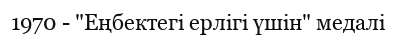
1970 - "Еңбектегі ерлігі үшін" медалі